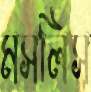
মসলিস